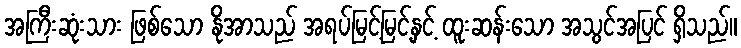
အကြီးဆုံးသား ဖြစ်သော နိုအာသည် အရပ်မြင့်မြင့်နှင့် ထူးဆန်းသော အသွင်အပြင် ရှိသည်။